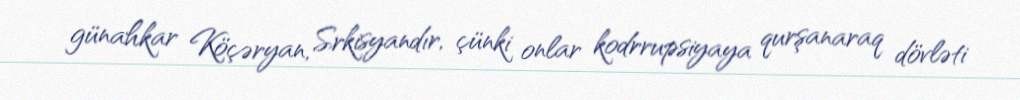
günahkar Köçəryan, Srkisyandır, çünki onlar kodrrupsiyaya qurşanaraq dövləti